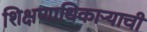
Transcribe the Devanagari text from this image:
शिक्षणाधिकाऱ्याची